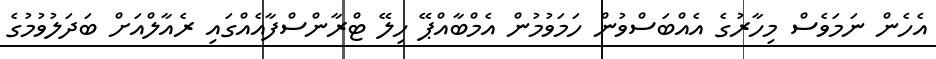
އެހެން ނަމަވެސް މިހާރުގެ އެއްބަސްވުން ހަމަވުމުން އެމްބާއްޕޭ ހިލޭ ޓްރާންސްފާއެއްގައި ރެއާލްއަށް ބަދަލުވުމުގެ